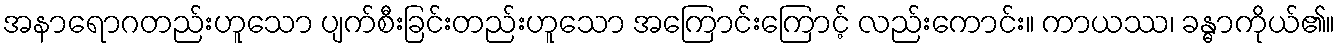
အနာရောဂတည်းဟူသော ပျက်စီးခြင်းတည်းဟူသော အကြောင်းကြောင့် လည်းကောင်း။ ကာယဿ၊ ခန္ဓာကိုယ်၏။